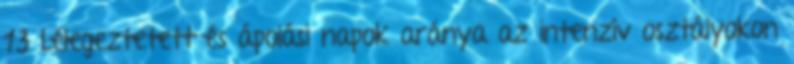
13 Lélegeztetett és ápolási napok aránya az intenzív osztályokon